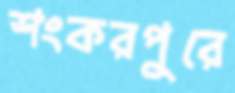
শংকরপুরে